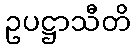
ဥပဋ္ဌာသီတိ